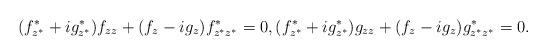
LaTeX: \begin{gather*}(f^*_{z^*}+ig^*_{z^*})f_{zz}+(f_z-ig_z)f^*_{z^*z^*}=0,(f^*_{z^*}+ig^*_{z^*})g_{zz}+(f_z-ig_z)g^*_{z^*z^*}=0.\end{gather*}